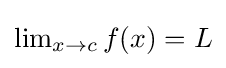
\textstyle \lim _{x\to c}f(x)=L